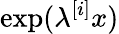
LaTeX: \exp(\lambda^{[i]}x)